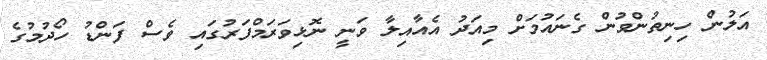
އަލުން ހިނިތުންވުން ގެނައުމަށް މިއަދު އެއާއިލާ ވަނީ ނޮޅިވަރަމްފަރުގައި ވެސް ފަންޑު ހޯދުމުގެ